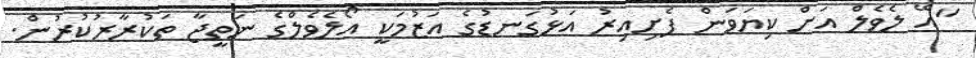
"އޭ ލެވެލް އަށް ކިޔަވަން ފެށިއިރު އަޅުގަނޑުގެ އަޒުމަކީ އޯލެވެލްގެ ނަތީޖާ ތަކުރާރުކުރުން.